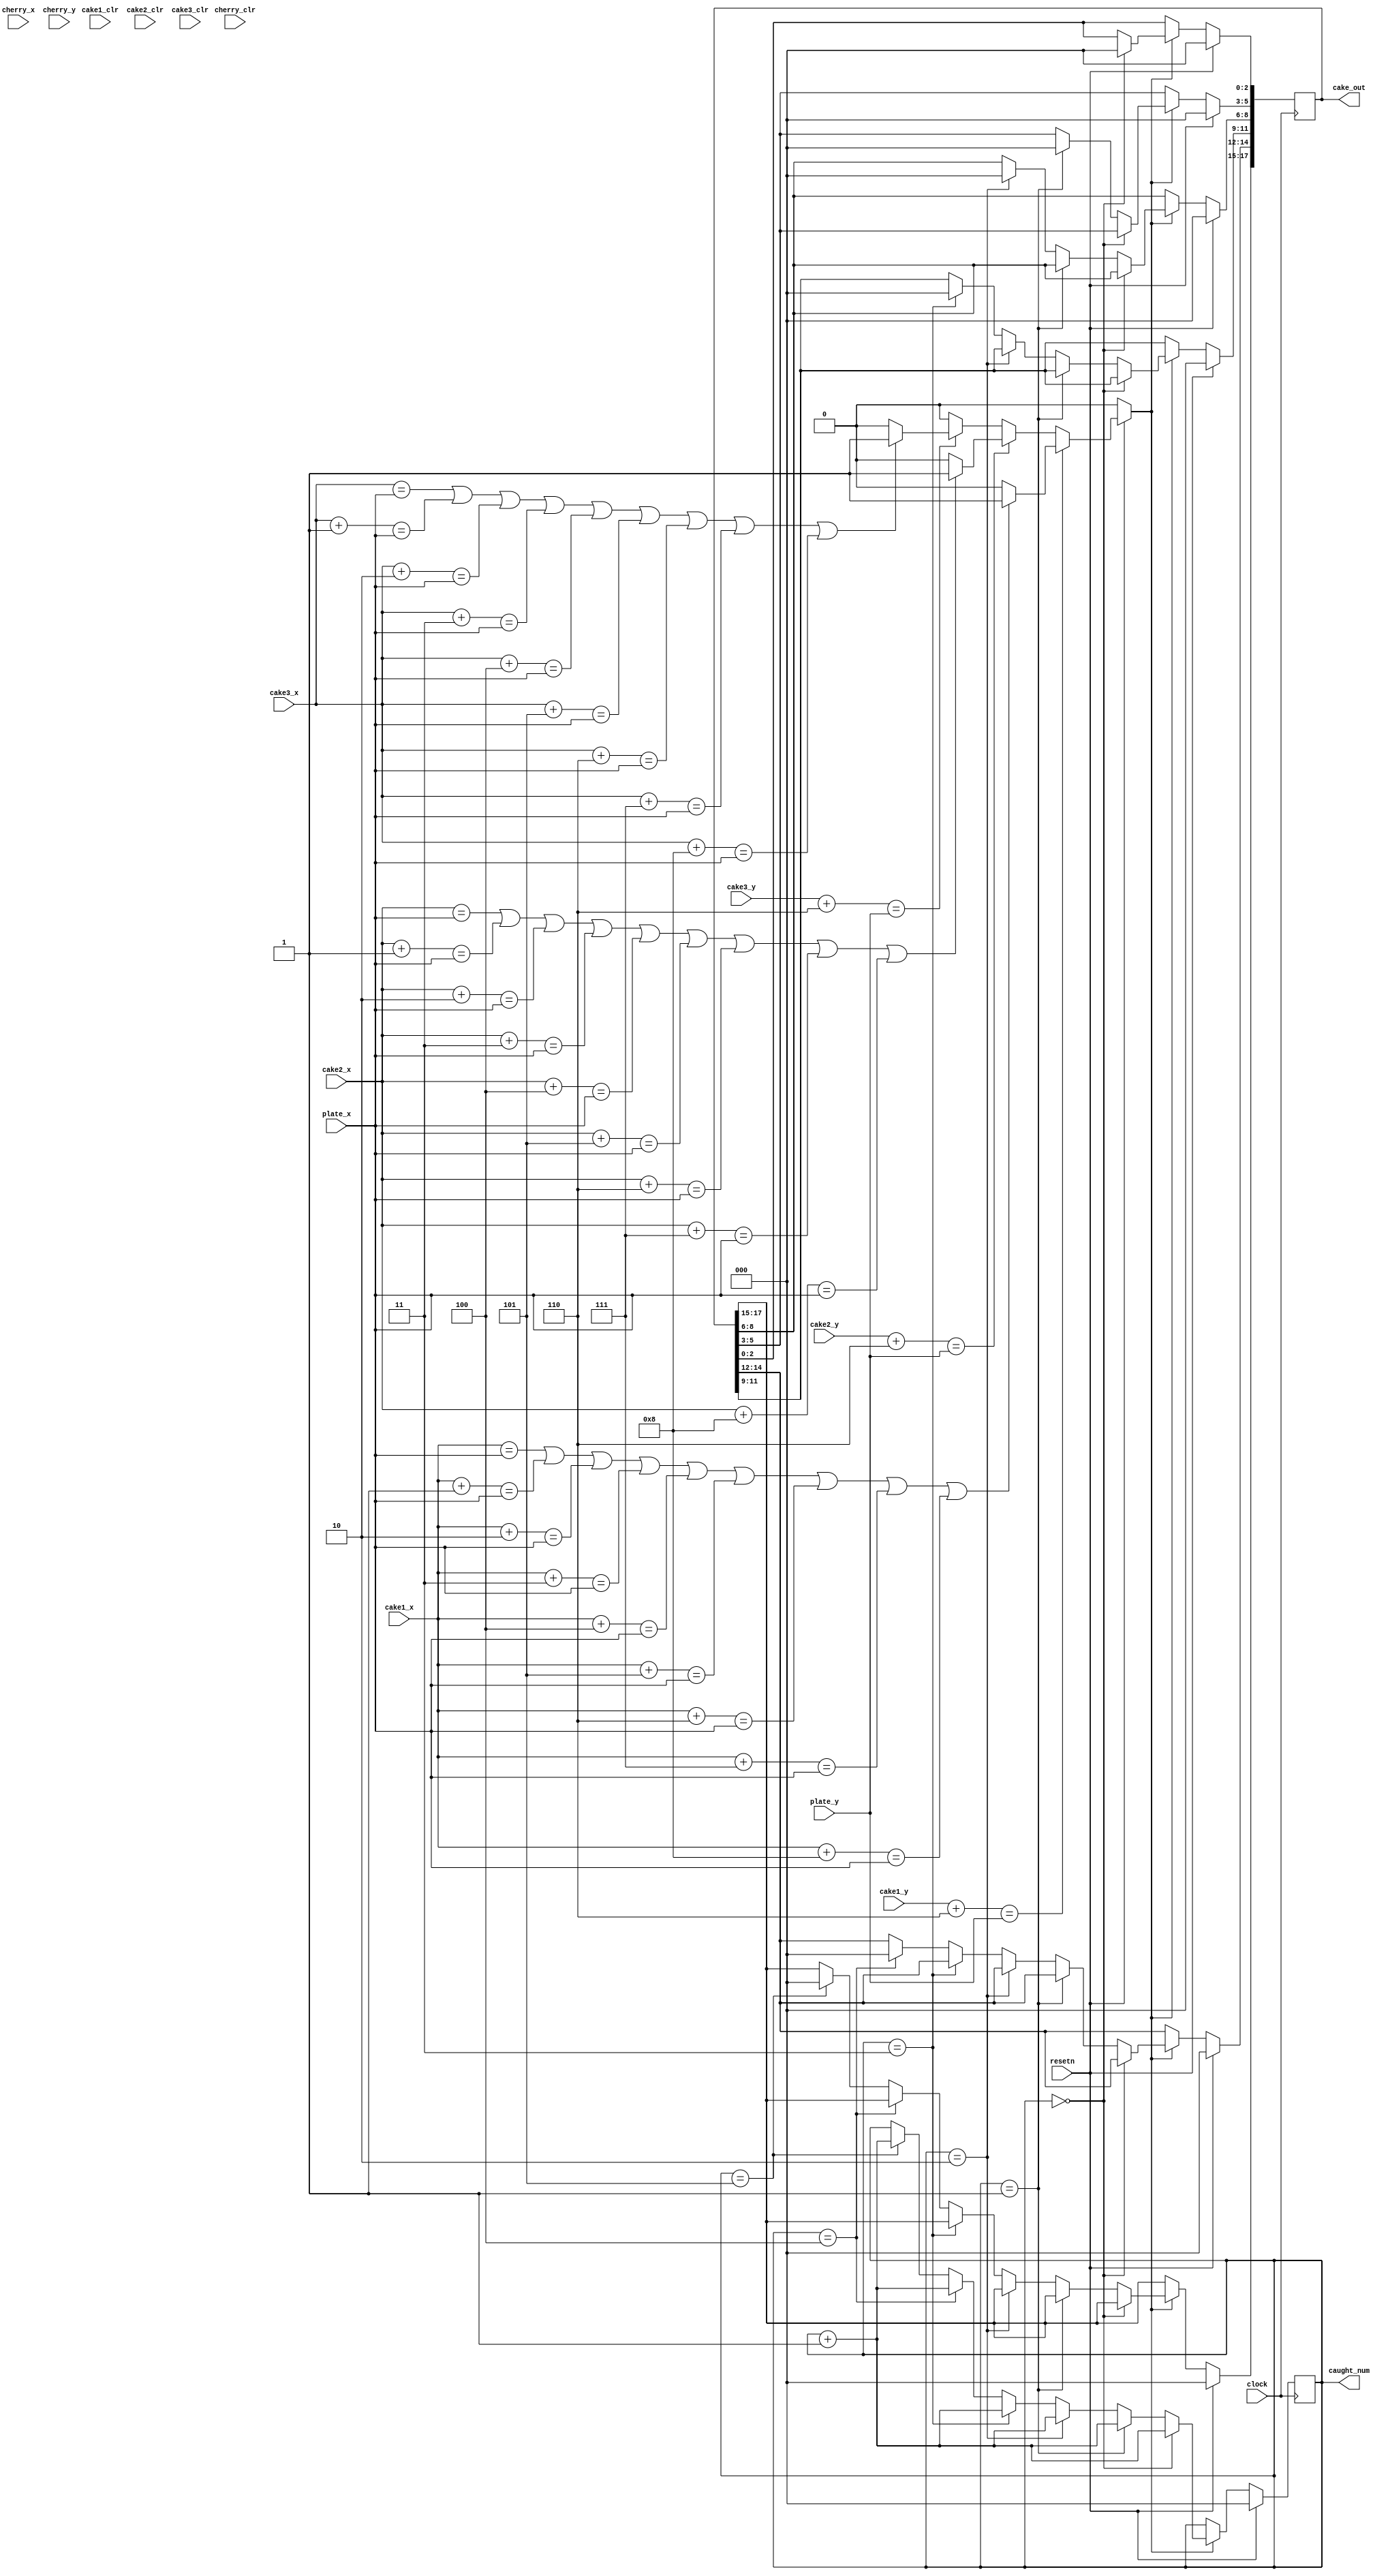
module catch_to_sidebar (input clock, resetn,
								input [7:0] cake1_x, cake2_x, cake3_x, cherry_x, plate_x,
								input [6:0] cake1_y, cake2_y, cake3_y, cherry_y, plate_y,
								input [2:0] cake1_clr, cake2_clr, cake3_clr, cherry_clr,
								output reg [17:0] cake_out,
								output reg [2:0] caught_num); // Colour of cake caught; black if none caught
	reg caught_cake, caught_cherry;
	reg [2:0] caught_clr;
    always@(*)
	 begin
			if (!resetn)
			begin
				caught_cake <= 1'b0;
				caught_cherry <= 1'b0; // Not caught
				caught_clr <= 3'b0; // default if not caught
			end
			else
			begin
				if (cake1_y + 7'd6 == plate_y)
				begin
					if (cake1_x == plate_x ||
						cake1_x + 8'd1 == plate_x ||
						cake1_x + 8'd2 == plate_x ||
						cake1_x + 8'd3 == plate_x ||
						cake1_x + 8'd4 == plate_x ||
						cake1_x + 8'd5 == plate_x ||
						cake1_x + 8'd6 == plate_x ||
						cake1_x + 8'd7 == plate_x ||
						cake1_x + 8'd8 == plate_x)
					begin
						caught_cake = 1'b1;
						caught_cherry = 1'b0; // Not caught
						caught_clr = cake1_clr;
					end
					else
						caught_cake = 1'b0;
						caught_cherry = 1'b0; // Not caught
						caught_clr = 3'b0; // default if not caught
				end
				else if (cake2_y + 7'd6 == plate_y)
				begin
					if (cake2_x == plate_x ||
						cake2_x + 8'd1 == plate_x ||
						cake2_x + 8'd2 == plate_x ||
						cake2_x + 8'd3 == plate_x ||
						cake2_x + 8'd4 == plate_x ||
						cake2_x + 8'd5 == plate_x ||
						cake2_x + 8'd6 == plate_x ||
						cake2_x + 8'd7 == plate_x ||
						cake2_x + 8'd8 == plate_x)
					begin
						caught_cake = 1'b1;
						caught_cherry = 1'b0; // Not caught
						caught_clr = cake2_clr;
					end
					else
						caught_cake = 1'b0;
						caught_cherry = 1'b0; // Not caught
						caught_clr = 3'b0; // default if not caught
				end
				else if (cake3_y + 7'd6 == plate_y)
				begin
					if (cake3_x == plate_x ||
						cake3_x + 8'd1 == plate_x ||
						cake3_x + 8'd2 == plate_x ||
						cake3_x + 8'd3 == plate_x ||
						cake3_x + 8'd4 == plate_x ||
						cake3_x + 8'd5 == plate_x ||
						cake3_x + 8'd6 == plate_x ||
						cake3_x + 8'd7 == plate_x ||
						cake3_x + 8'd8 == plate_x)
					begin
						caught_cake = 1'b1;
						caught_cherry = 1'b0; // Not caught
						caught_clr = cake3_clr;
					end
					else
						caught_cake = 1'b0;
						caught_cherry = 1'b0; // Not caught
						caught_clr = 3'b0; // default if not caught
				end
				else if (cherry_y + 7'd14 == plate_y)
				begin
					if (cherry_x == plate_x ||
						cherry_x + 8'd1 == plate_x ||
						cherry_x + 8'd2 == plate_x ||
						cherry_x + 8'd3 == plate_x ||
						cherry_x + 8'd4 == plate_x ||
						cherry_x + 8'd5 == plate_x ||
						cherry_x + 8'd6 == plate_x ||
						cherry_x + 8'd7 == plate_x ||
						cherry_x + 8'd8 == plate_x ||
						cherry_x + 8'd9 == plate_x ||
						cherry_x + 8'd10 == plate_x ||
						cherry_x + 8'd11 == plate_x ||
						cherry_x + 8'd12 == plate_x)
					begin
						caught_cake = 1'b0; //Nothing caught
						caught_cherry = 1'b1;
						caught_clr = 3'b0; // default if not caught
					end
					else
						caught_cake = 1'b0; //Nothing caught
						caught_cherry = 1'b0;
						caught_clr = 3'b111; // default if not caught
				end
				else
				begin
					caught_cake = 1'b0; //Nothing caught
					caught_cherry = 1'b0;
					caught_clr = 3'b0; // default if not caught
				end
			end
	end
	
	//Caught to sidebar
	always@(posedge clock)
	begin
		if (resetn)
		begin
			caught_num <= 3'b0;
			cake_out <= 18'b0;
		end
		
		else if (caught_cake || caught_cherry)
		begin
			if (caught_num == 3'b0)
			begin
				cake_out[2:0] <= caught_clr;
				caught_num <= caught_num + 3'd1;
			end
			else if (caught_num == 3'd1)
			begin
				cake_out[5:3] <= caught_clr;
				caught_num <= caught_num + 3'd1;
			end
			else if (caught_num == 3'd2)
			begin
				cake_out[8:6] <= caught_clr;
				caught_num <= caught_num + 3'd1;
			end
			else if (caught_num == 3'd3)
			begin
				cake_out[11:9] <= caught_clr;
				caught_num <= caught_num + 3'd1;
			end
			else if (caught_num == 3'd4)
			begin
				cake_out[14:12] <= caught_clr;
				caught_num <= caught_num + 3'd1;
			end
			else if (caught_num == 3'd5)
			begin
				cake_out[17:15] <= caught_clr;
				caught_num <= caught_num + 3'd1;
			end
			else // More than 5 layers (don't count)
			begin
				cake_out <= cake_out;
				caught_num <= caught_num;
			end
			
		end
		
		else //Nothing caught
		begin
			cake_out <= cake_out;
			caught_num <= caught_num;
		end
		
	end

endmodule